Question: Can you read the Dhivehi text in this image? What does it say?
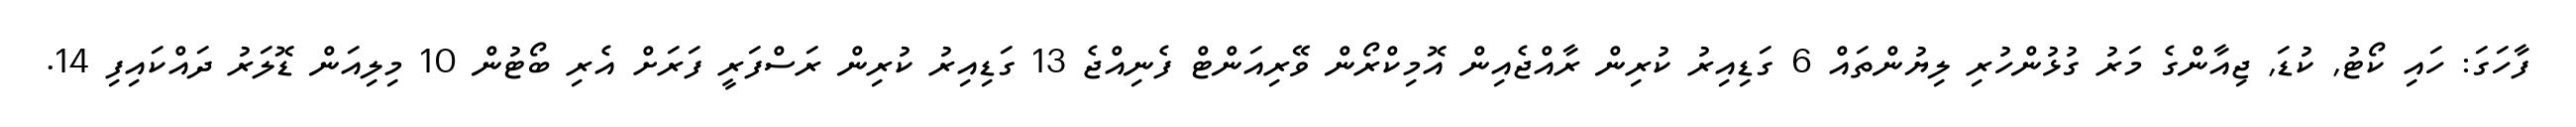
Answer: ފާހަގަ: ހައި ކޯޓު, ކުޑަ, ޖިއާންގެ މަރު ގުޅުންހުރި ލިޔުންތައް 6 ގަޑިއިރު ކުރިން ރާއްޖެއިން އޮމިކްރޯން ވޭރިއަންޓް ފެނިއްޖެ 13 ގަޑިއިރު ކުރިން ރަސްފަރީ ފަރަށް އެރި ބޯޓުން 10 މިލިއަން ޑޮލަރު ދައްކައިފި 14.